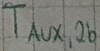
Text: TAUX,2b